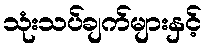
သုံးသပ်ချက်များနှင့်